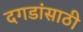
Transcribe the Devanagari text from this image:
दगडांसाठी